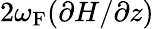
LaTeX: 2\omega_{\mathrm{{F}}}(\partial H/\partial z)